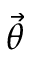
\vec { \theta }